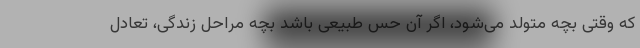
که وقتی بچه متولد می‌شود، اگر آن حس طبیعی باشد بچه مراحل زندگی، تعادل